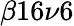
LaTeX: \beta 16\nu 6